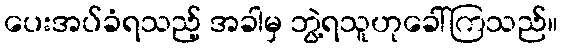
ပေးအပ်ခံရသည့် အခါမှ ဘွဲ့ရသူဟုခေါ်ကြသည်။